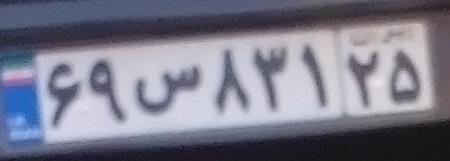
۶۹س۸۳۱۲۵